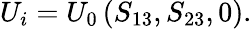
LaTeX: U_{i}=U_{0}\left(S_{13},S_{23},0\right).